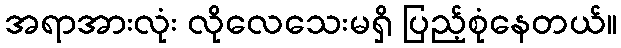
အရာအားလုံး လိုလေသေးမရှိ ပြည့်စုံနေတယ်။